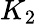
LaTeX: K_{2}